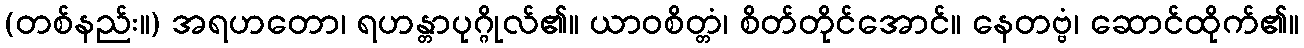
(တစ်နည်း။) အရဟတော၊ ရဟန္တာပုဂ္ဂိုလ်၏။ ယာဝစိတ္တံ၊ စိတ်တိုင်အောင်။ နေတဗ္ဗံ၊ ဆောင်ထိုက်၏။